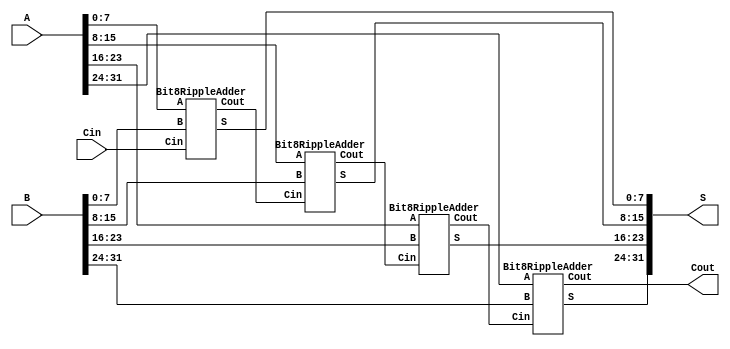
`timescale 1ns / 1ps

module ripple_adder_32bit(
    input [31:0] A,
    input [31:0] B,
    input Cin,
    output [31:0] S,
    output Cout
    );
    wire C8, C16, C24;
    
    Bit8RippleAdder   Bit8Adder0(A[7:0], B[7:0], Cin, S[7:0], C8);
    Bit8RippleAdder   Bit8Adder1(A[15:8], B[15:8], C8, S[15:8], C16);
    Bit8RippleAdder   Bit8Adder2(A[23:16], B[23:16], C16, S[23:16], C24);
    Bit8RippleAdder   Bit8Adder3(A[31:24], B[31:24], C24, S[31:24], Cout);
    
endmodule

module Bit8RippleAdder(
    input [7:0] A,
    input [7:0] B,
    input Cin,
    output [7:0] S,
    output Cout
    );
    wire C1, C2, C3, C4, C5, C6, C7;
    reg [7:0]valid;
    
    FullAdder   FA0(A[0], B[0], Cin, S[0], C1);
    FullAdder   FA1(A[1], B[1], C1, S[1], C2);
    FullAdder   FA2(A[2], B[2], C2, S[2], C3);
    FullAdder   FA3(A[3], B[3], C3, S[3], C4);
    FullAdder   FA4(A[4], B[4], C4, S[4], C5);
    FullAdder   FA5(A[5], B[5], C5, S[5], C6);
    FullAdder   FA6(A[6], B[6], C6, S[6], C7);
    FullAdder   FA7(A[7], B[7], C7, S[7], Cout);
    
endmodule

module FullAdder(
    input A,
    input B,
    input Cin,
    output S,
    output Cout
    );
    wire y,t1,t2;
    xor  x1(y,A,B),
           x2(S,y,Cin);
    and  a1(t1,y,Cin),
           a2(t2,A,B);
    or   o(Cout,t1,t2);
endmodule